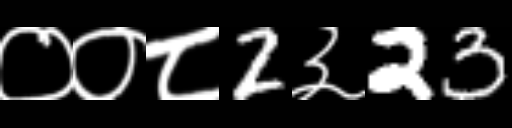
Text: ००८2३23